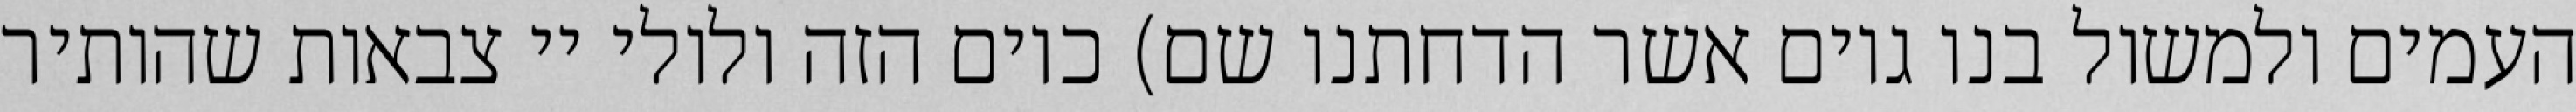
העמים ולמשול בנו גוים אשר הדחתנו שם) כיום הזה ולולי יי צבאות שהותיר